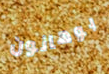
بوهانون